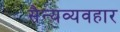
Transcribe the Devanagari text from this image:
सैन्यव्यवहार